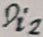
Text: Di2